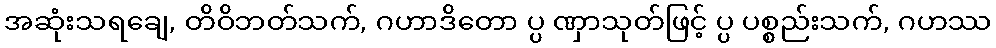
အဆုံးသရချေ, တိဝိဘတ်သက်, ဂဟာဒိတော ပ္ပ ဏှာသုတ်ဖြင့် ပ္ပ ပစ္စည်းသက်, ဂဟဿ